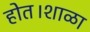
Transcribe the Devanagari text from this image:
होत।शाळा